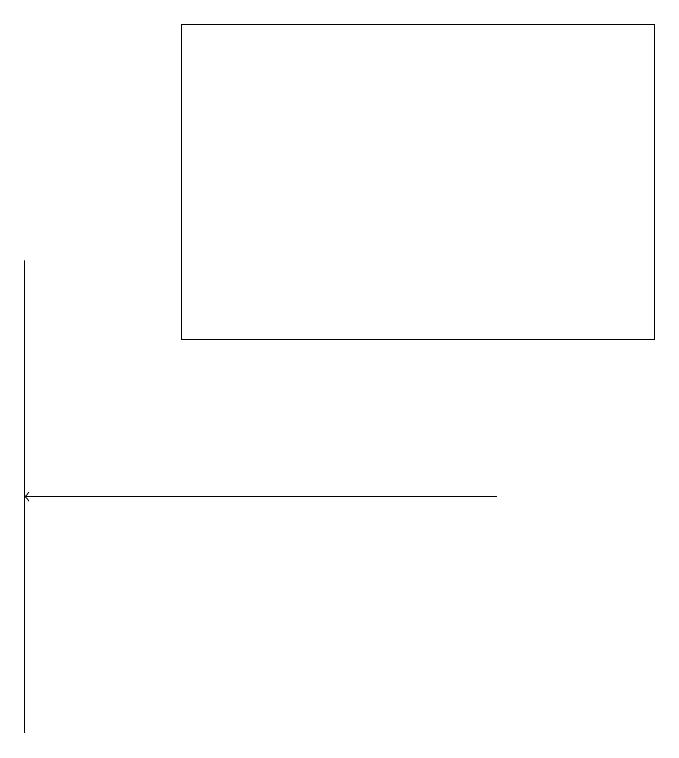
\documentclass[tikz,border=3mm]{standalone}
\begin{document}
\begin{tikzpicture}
\draw (3,19) rectangle (9,15);
\draw[->] (7,13) -- (1,13);
\draw (1,16) rectangle (1,10);
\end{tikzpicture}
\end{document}